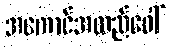
အကောင်အထည်ဖေါ်